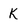
Character: k